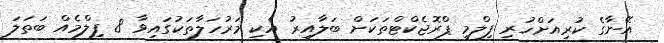
އޭނާގެ ކުރިއަށްހުރި ފިލްމީ ޕްރޮޖެކްޓްތަކަށް ބަލާއިރު އެކި މަރުހަލާތަކުގައިވާ 8 ފިލްމެއް ބަތަލަ